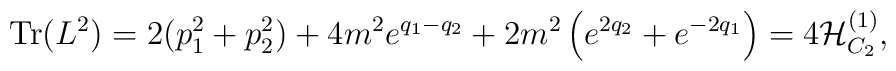
\mbox{Tr}(L^2)=2(p_1^2+p_2^2)+4m^2e^{q_1-q_2}+2m^2\left(e^{2q_2}   +e^{-2q_1}\right)=4{\cal    H}_{C_2}^{(1)},